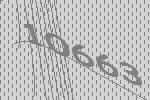
10663